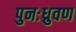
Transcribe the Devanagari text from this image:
पुनःध्रुवण